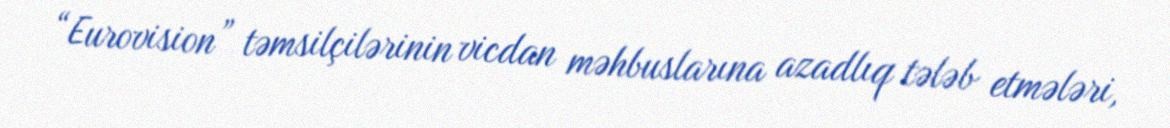
“Eurovision” təmsilçilərinin vicdan məhbuslarına azadlıq tələb etmələri,